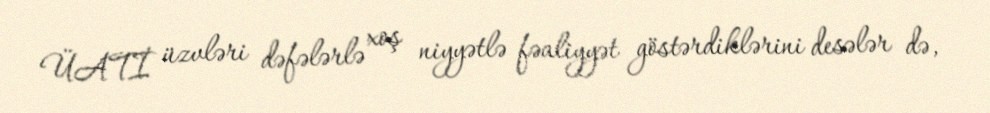
ÜATİ üzvləri dəfələrlə xoş niyyətlə fəaliyyət göstərdiklərini desələr də,